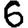
Digit: 6